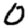
Digit: 0